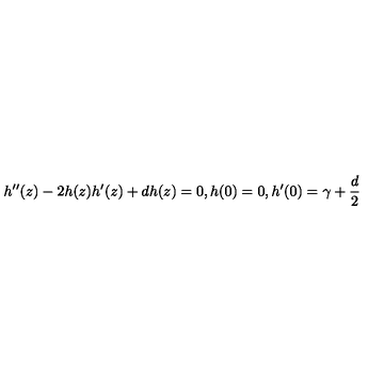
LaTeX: h ^ { \prime \prime } ( z ) - 2 h ( z ) h ^ { \prime } ( z ) + d h ( z ) = 0 , h ( 0 ) = 0 , h ^ { \prime } ( 0 ) = \gamma + \frac { d } { 2 }